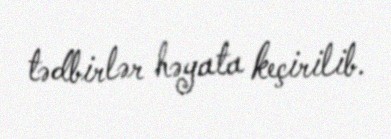
tədbirlər həyata keçirilib.